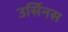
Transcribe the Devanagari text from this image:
उर्सिनस